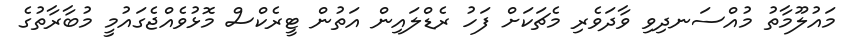
މައުލޫމާތު މުއްސަނދިވި ވާދަވެރި މެޗަކަށް ފަހު ރެޑްލައިން އަތުން ޓީރެކްސް މޮޅުވެއްޖެގައުމީ މުބާރާތުގެ